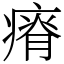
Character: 瘠